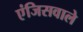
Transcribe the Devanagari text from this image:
एंजिसवाले